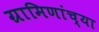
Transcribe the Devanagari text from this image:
ग्रामिणांच्या